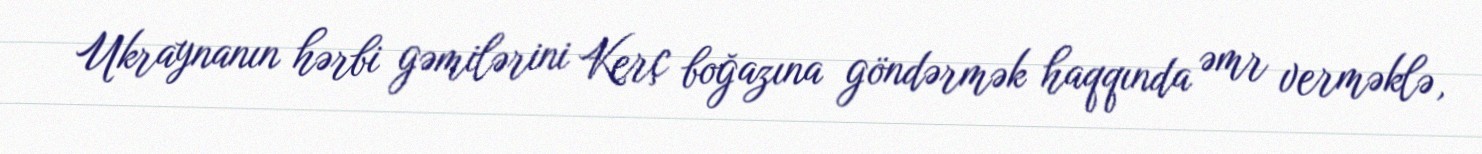
Ukraynanın hərbi gəmilərini Kerç boğazına göndərmək haqqında əmr verməklə,